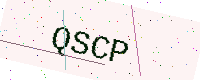
Text: QSCP